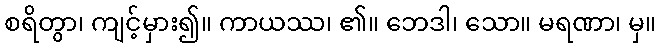
စရိတွာ၊ ကျင့်မှား၍။ ကာယဿ၊ ၏။ ဘေဒါ၊ သော။ မရဏာ၊ မှ။